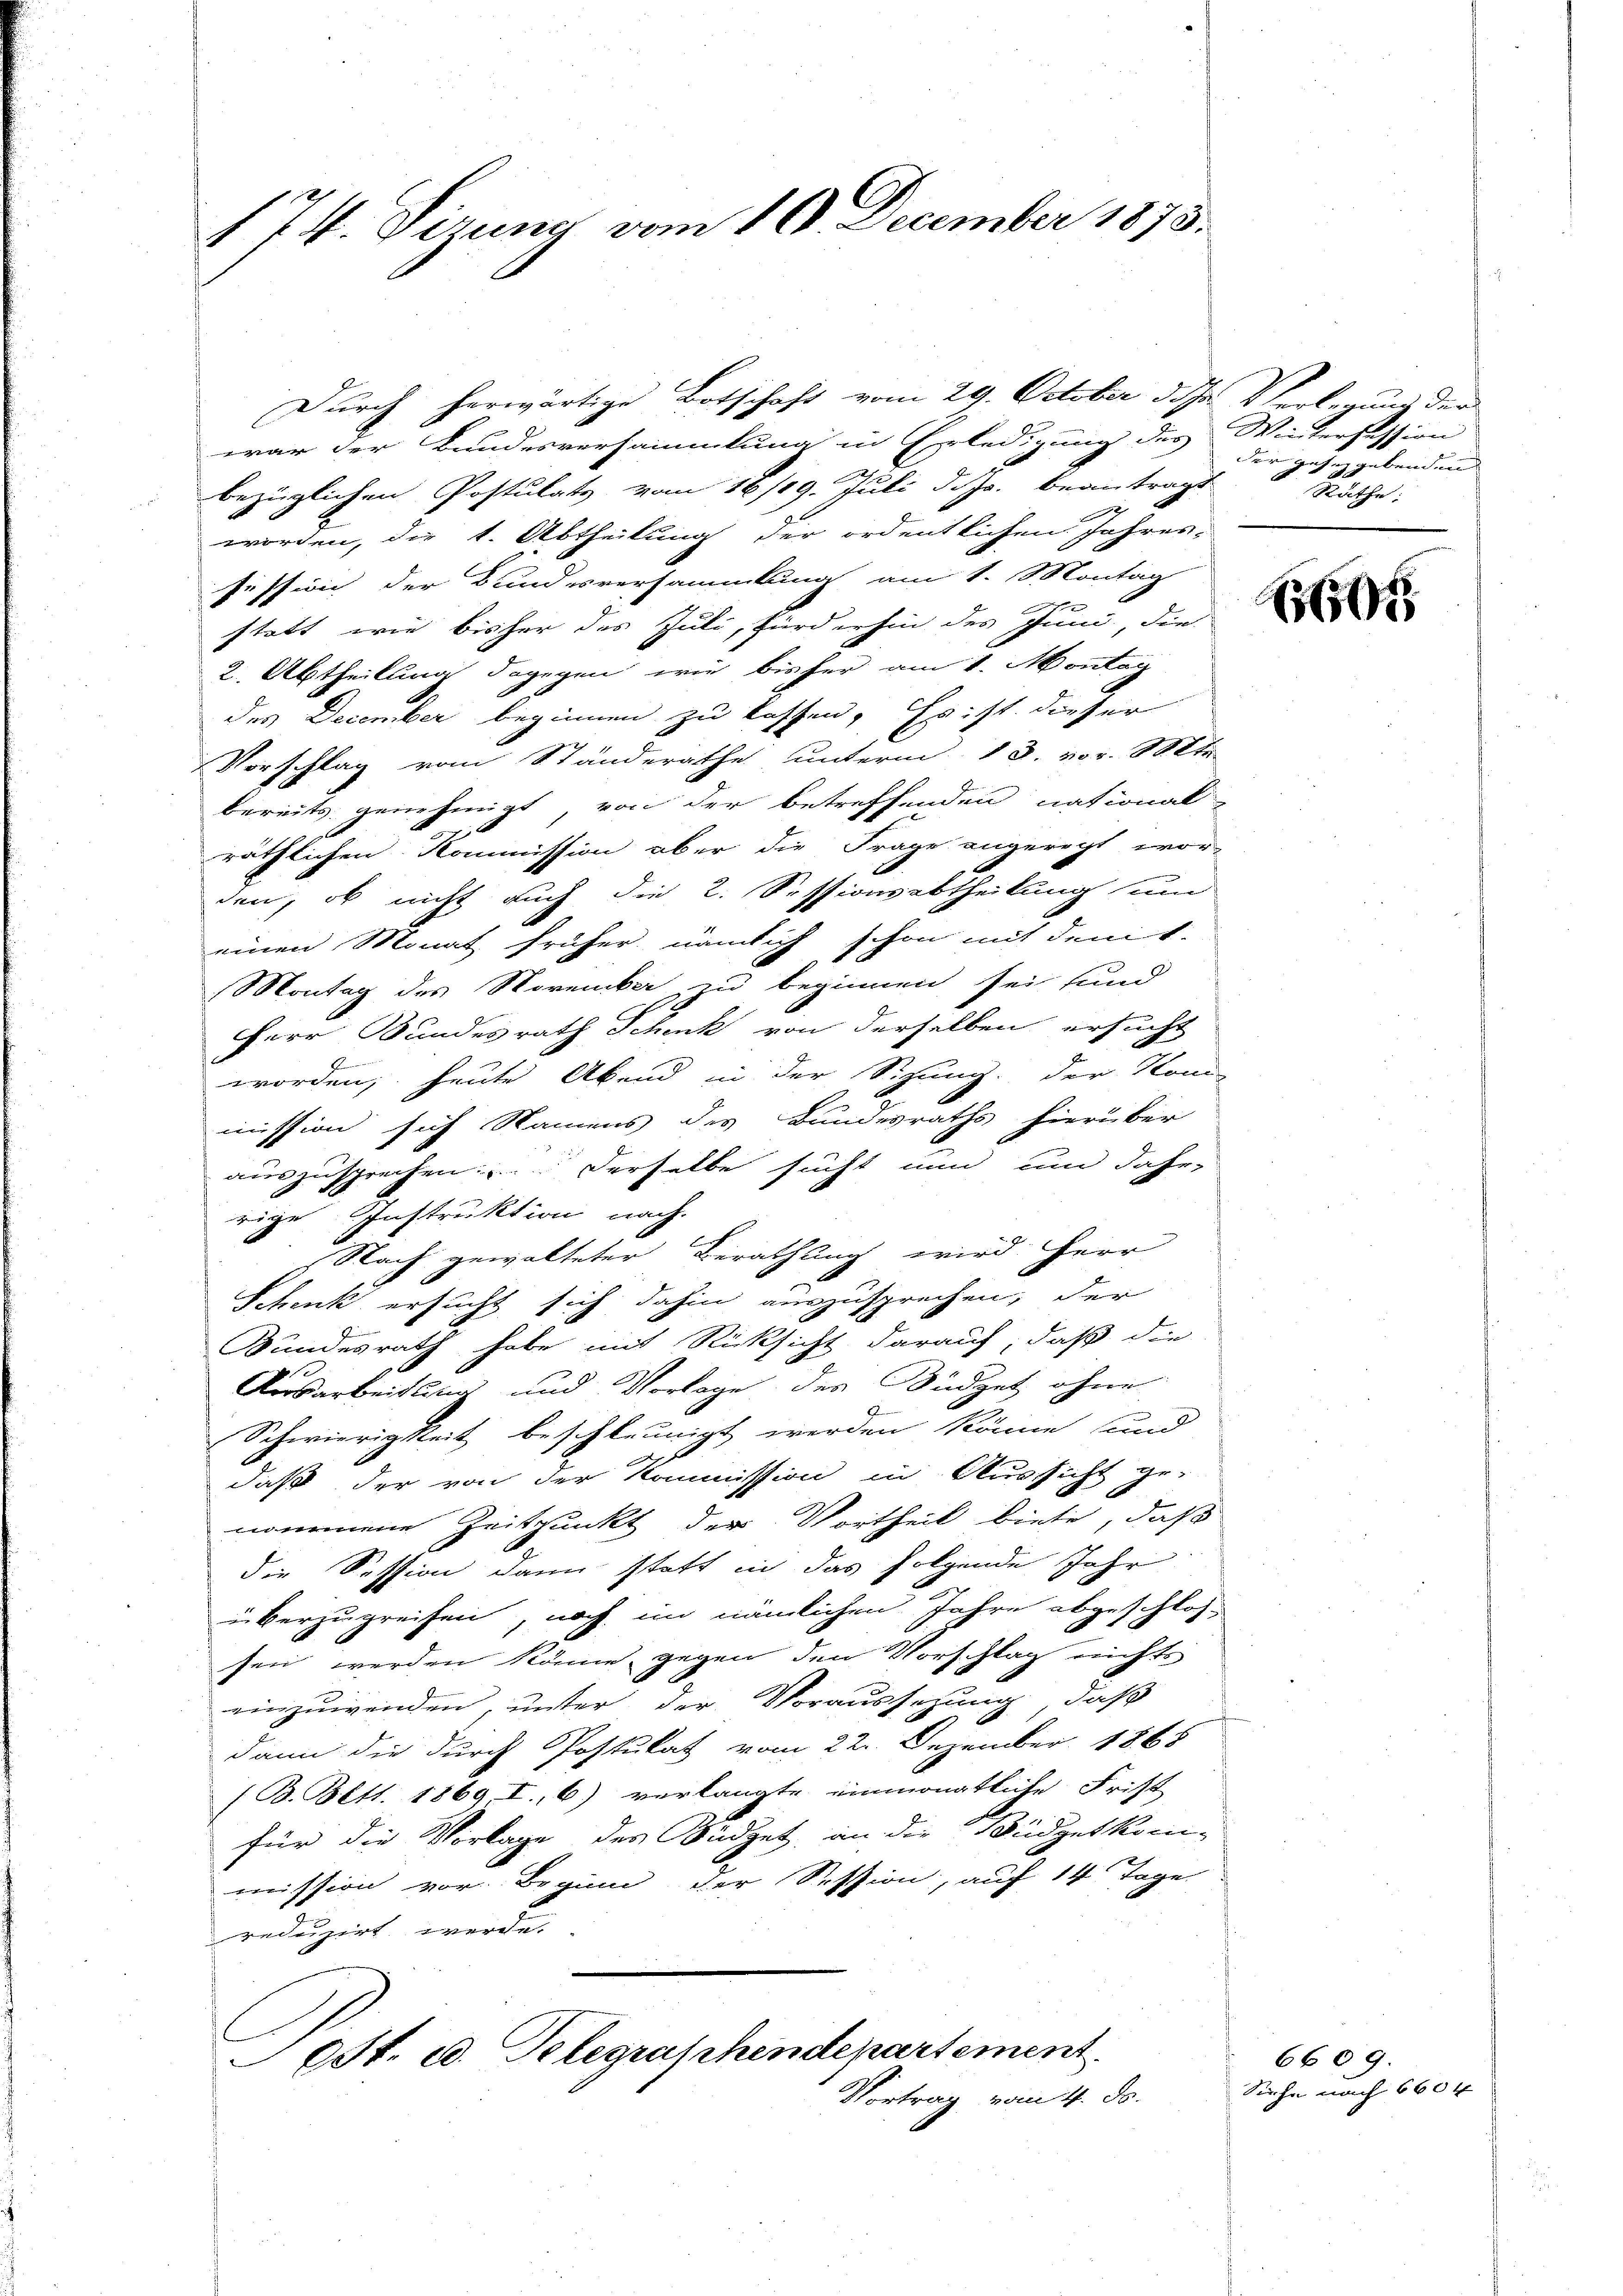
§74. Sizung vom 10. December 1873.

Durch herwärtige Botschaft vom 29. October d. Js. Verlegung der
war der Bundesversammlung in Erledigung des Wintersission
bezüglichen Postulats vom 16/19. Juli d. Js. beantragt
t
worden, die k. Abtheilung der ordentlichen Jahres-
session der Bundesversammlung am 1. Montag
statt, wie bisher des Juli, fürderhin des Juni, die
2. Abtheilung dagegen wie bisher am 1. Montag
des December beginnen zu kassen. Es ist dieser
Vorschlag vom Ständeräthe unterm 18. vor. Mts.
bereits genehmigt von der betreffenden national
räthlichen Kommission aber die Frage angeregt wor-
den, ob nicht auch die 2. Sessionsabtheilung um
einen Monat früher nämlich schon mit dem
Montag des Voremka zu beginnen sei und
Herr Bundesrath Schenk von derselben ersucht
worden, heute Abend in der Sizung. Der Kom-
mission sich Namens des Bundesraths hierüber
auszusprechen; derselbe sucht nun um Jahr-
rige Instruktion nach.
Nach gewalteter Berathung wird Herr
Schenk ersucht sich dahin auszusprechen, der
Bundesrath habe mit Rücksicht darauf, daß die
Ausarbeitung und Vorlage des Büdget ohne
Schwierigkeit beschleunigt werden könne, und
daß der von der Kommission in Aussicht ge-
nommene Zeitpunkt der Vortheil biete, daß
die Session dann statt in das folgende Jahr
überzugreifen, noch im nämlichen Jahre abgeschlos-
sen werden könne gegen den Vorschlag nichts
einzuwenden, unter der Voraussetzung, daß
dann die durch Postulat vom 22. Dezember 1868
/B. Bett. 1869 I., 6) verlangte einmonatliche Frist
für die Vorlage des Südget, an die Büdgetkom-
mission vor. Beginn der Session, auf 14 Tage
reduzirt werde.
Ost. d. Telegraphendepartement.
Vortrag vom 4. ds.

der gesetzgebenden
äthe:

1651

6609.
Siehe nach 660 f